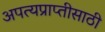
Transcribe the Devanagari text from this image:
अपत्यप्राप्तीसाठी